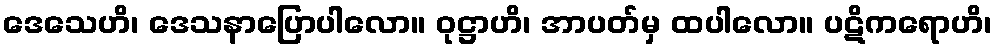
ဒေသေဟိ၊ ဒေသနာပြောပါလော။ ဝုဋ္ဌာဟိ၊ အာပတ်မှ ထပါလော။ ပဋိကရောဟိ၊